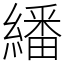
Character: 繙